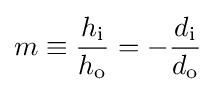
m\equiv {\frac {h_{\mathrm {i} }}{h_{\mathrm {o} }}}=-{\frac {d_{\mathrm {i} }}{d_{\mathrm {o} }}}